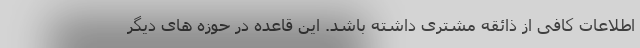
اطلاعات کافی از ذائقه مشتری داشته باشد. این قاعده در حوزه های دیگر